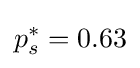
p_{s}^{*}=0.63